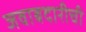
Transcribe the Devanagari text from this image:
जवाबदारीची